Civil Veterinary Department. Madras. Admin. report 1926-33 - 1926-1933
Year: 1926
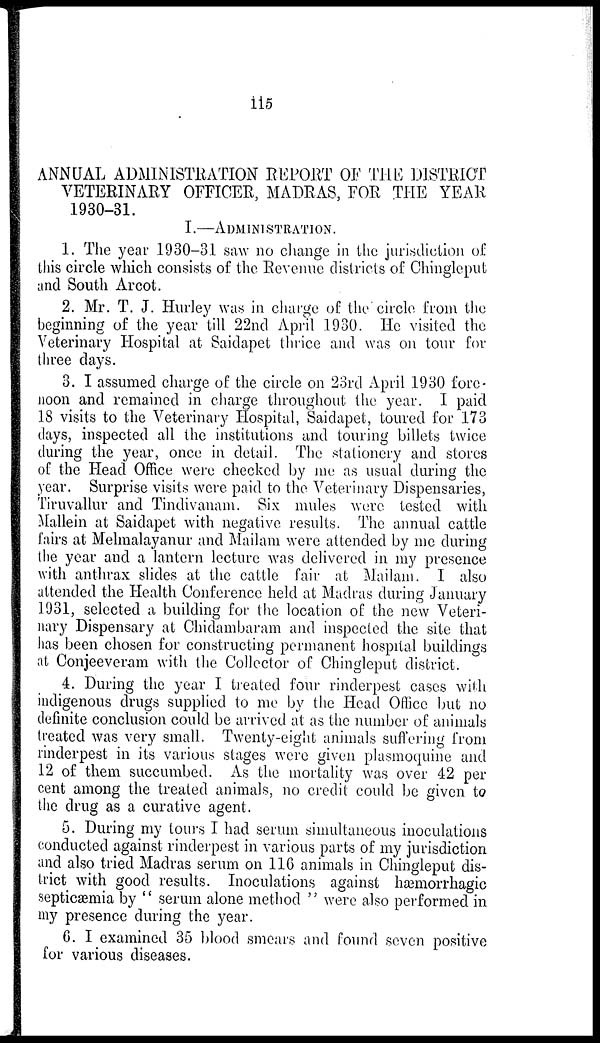
115
ANNUAL ADMINISTRATION REPORT OF THE DISTRICT
VETERINARY OFFICER, MADRAS, FOR THE YEAR
1930-31.
I.—ADMINISTRATION.
1. The year 1930-31 saw no change in the jurisdiction of
this circle which consists of the Revenue districts of Chingleput
and South Arcot.
2. Mr. T. J. Hurley was in charge of the circle from the
beginning of the year till 22nd April 1930. He visited the
Veterinary Hospital at Saidapet thrice and was on tour for
three days.
3. I assumed charge of the circle on 23rd April 1930 fore-
noon and remained in charge throughout the year. I paid
18 visits to the Veterinary Hospital, Saidapet, toured for 173
days, inspected all the institutions and touring billets twice
during the year, once in detail. The stationery and stores
of the Head Office were checked by me as usual during the
year. Surprise visits were paid to the Veterinary Dispensaries,
Tiruvallur and Tindivanam. Six mules were tested with
Mallein at Saidapet with negative results. The annual cattle
fairs at Melmalayanur and Mailam were attended by me during
the year and a lantern lecture was delivered in my presence
with anthrax slides at the cattle fair at Mailam. I also
attended the Health Conference held at Madras during January
1931, selected a building for the location of the new Veteri-
nary Dispensary at Chidambaram and inspected the site that
has been chosen for constructing permanent hospital buildings
at Conjeeveram with the Collector of Chingleput district.
4. During the year I treated four rinderpest cases with
indigenous drugs supplied to me by the Head Office but no
definite conclusion could be arrived at as the number of animals
treated was very small. Twenty-eight animals suffering from
rinderpest in its various stages were given plasmoquine and
12 of them succumbed. As the mortality was over 42 per
cent among the treated animals, no credit could be given to
the drug as a curative agent.
5. During my tours I had serum simultaneous inoculations
conducted against rinderpest in various parts of my jurisdiction
and also tried Madras serum on 116 animals in Chingleput dis-
trict with good results. Inoculations against hæmorrhagic
septicæmia by "serum alone method" were also performed in
my presence during the year.
6. I examined 35 blood smears and found seven positive
for various diseases.